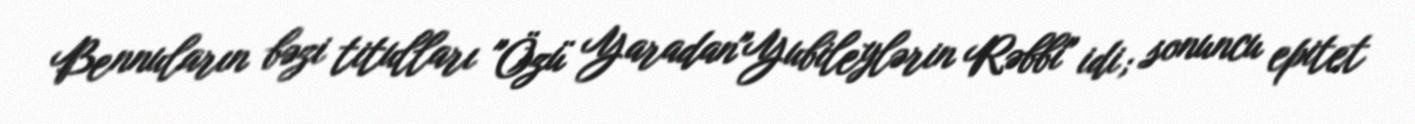
Bennuların bəzi titulları "Özü Yaradan"Yubileylərin Rəbbi" idi; sonuncu epitet